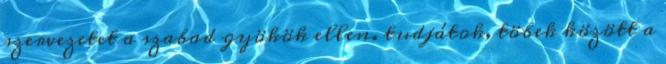
szervezetet a szabad gyökök ellen. tudjátok, töbek között a